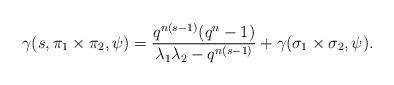
LaTeX: \begin{align*}\gamma(s, \pi_1 \times \pi_2, \psi) = \frac{q^{n(s-1)}(q^n-1)}{\lambda_1\lambda_2 - q^{n(s-1)}} + \gamma(\sigma_1 \times \sigma_2, \psi).\end{align*}